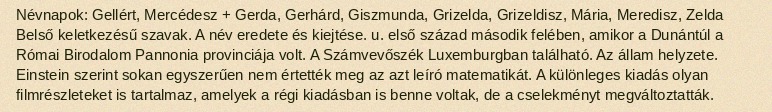
Névnapok: Gellért, Mercédesz + Gerda, Gerhárd, Giszmunda, Grizelda, Grizeldisz, Mária, Meredisz, Zelda Belső keletkezésű szavak. A név eredete és kiejtése. u. első század második felében, amikor a Dunántúl a Római Birodalom Pannonia provinciája volt. A Számvevőszék Luxemburgban található. Az állam helyzete. Einstein szerint sokan egyszerűen nem értették meg az azt leíró matematikát. A különleges kiadás olyan filmrészleteket is tartalmaz, amelyek a régi kiadásban is benne voltak, de a cselekményt megváltoztatták.